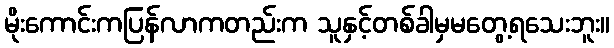
မိုးကောင်းကပြန်လာကတည်းက သူနှင့်တစ်ခါမှမတွေ့ရသေးဘူး။